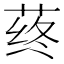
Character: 𰱛